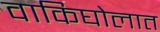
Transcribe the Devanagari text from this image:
वाकिघोलात